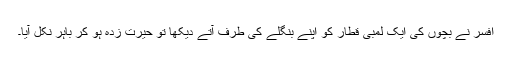
افسر نے بچوں کی ایک لمبی قطار کو اپنے بنگلے کی طرف آتے دیکھا تو حیرت زدہ ہو کر باہر نکل آیا۔